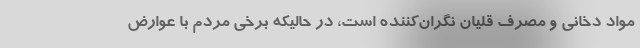
مواد دخانی و مصرف قلیان نگران‌کننده است، در حالیکه برخی مردم با عوارض